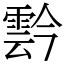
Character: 霒